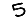
Digit: 5